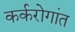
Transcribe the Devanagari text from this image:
कर्करोगांत